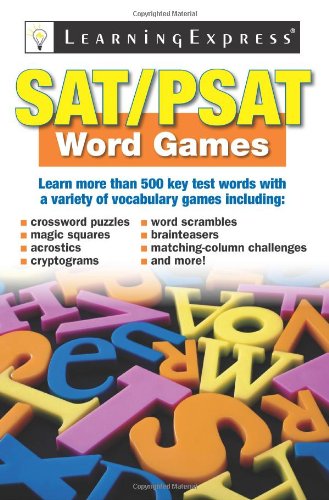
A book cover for SAT/PSAT Word Games; Test Preparation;